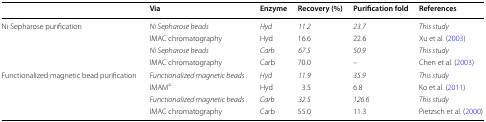
|  | Via | Enzyme | Recovery (%) | Purification fold | References |
 | --- | --- | --- | --- | --- | --- |
 | <ROWSPAN=4> Ni Sepharose purification | Ni Sepharose beads | Hyd | 11.2 | 23.7 | This study |
 | IMAC chromatography | Hyd | 16.6 | 22.6 | Xu et al. (2003) |
 | Ni Sepharose beads | Carb | 67.5 | 50.9 | This study |
 | IMAC chromatography | Carb | 70.0 | – | Chen et al. (2003) |
 | <ROWSPAN=4> Functionalized magnetic bead purification | Functionalized magnetic beads | Hyd | 11.9 | 35.9 | This study |
 | IMAMa | Hyd | 3.5 | 6.8 | Ko et al. (2011) |
 | Functionalized magnetic beads | Carb | 32.5 | 126.6 | This study |
 | IMAC chromatography | Carb | 55.0 | 11.3 | Pietzsch et al. (2000) |